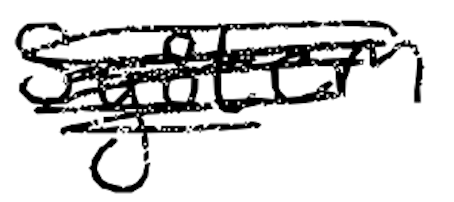
Text: system
Cross-out: scratch
Writing tool: digital_black